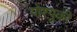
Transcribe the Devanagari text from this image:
योश्युकी